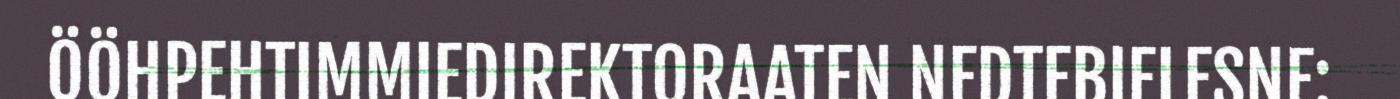
ÖÖHPEHTIMMIEDIREKTORAATEN NEDTEBIELESNE: